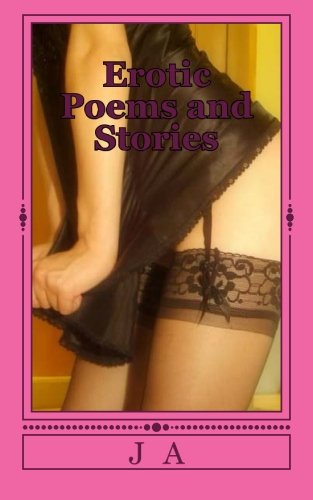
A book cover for Erotic Poems and Stories; J A; Romance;